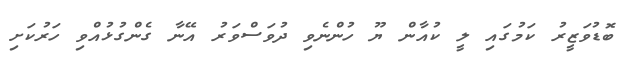
ބޮޑުވަޒީރު ކަމުގައި ލީ ކުއާން ޔޫ ހުންނެވި ދުވަސްވަރު އޭނާ ގެންގުޅުއްވި ހަރުކަށި